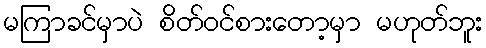
မကြာခင်မှာပဲ စိတ်ဝင်စားတော့မှာ မဟုတ်ဘူး